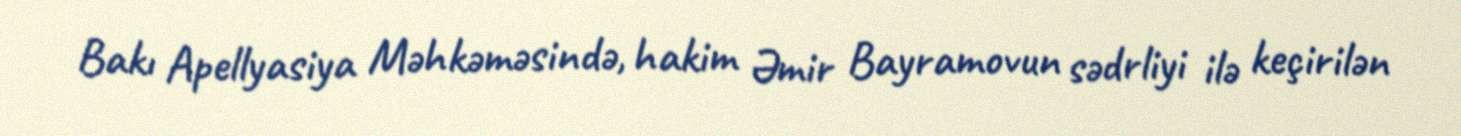
Bakı Apellyasiya Məhkəməsində, hakim Əmir Bayramovun sədrliyi ilə keçirilən